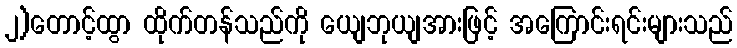
၂)တောင့်ထွာ ထိုက်တန်သည်ကို ယျေဘုယျအားဖြင့် အကြောင်းရင်းများသည်